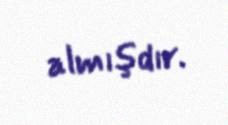
almışdır.